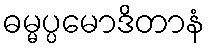
ဓမ္မပ္ပမောဒိတာနံ